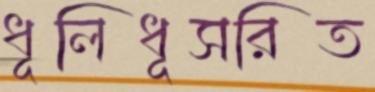
ধূলিধূসরিত